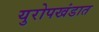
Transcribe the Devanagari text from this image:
युरोपखंडात